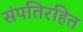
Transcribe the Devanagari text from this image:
संपतिरहित